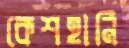
কেশহানি